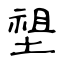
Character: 𡏄